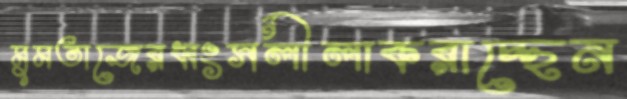
মুমতাজেরধ্বংসলীলাকরাচ্ছেন